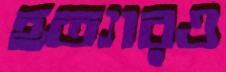
হত্যারও